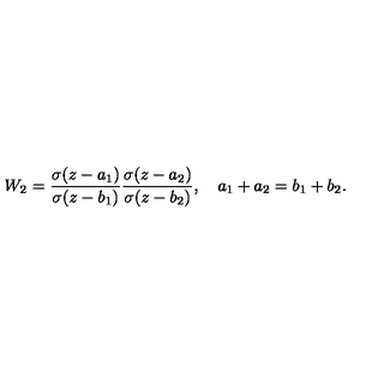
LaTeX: W _ { 2 } = \frac { \sigma ( z - a _ { 1 } ) } { \sigma ( z - b _ { 1 } ) } \frac { \sigma ( z - a _ { 2 } ) } { \sigma ( z - b _ { 2 } ) } , \quad a _ { 1 } + a _ { 2 } = b _ { 1 } + b _ { 2 } .